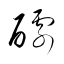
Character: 醵